Report on the working of the Ranchi Indian Mental Hospital, Kanke, in Bihar and Orissa - 1930-1940
Year: 1930
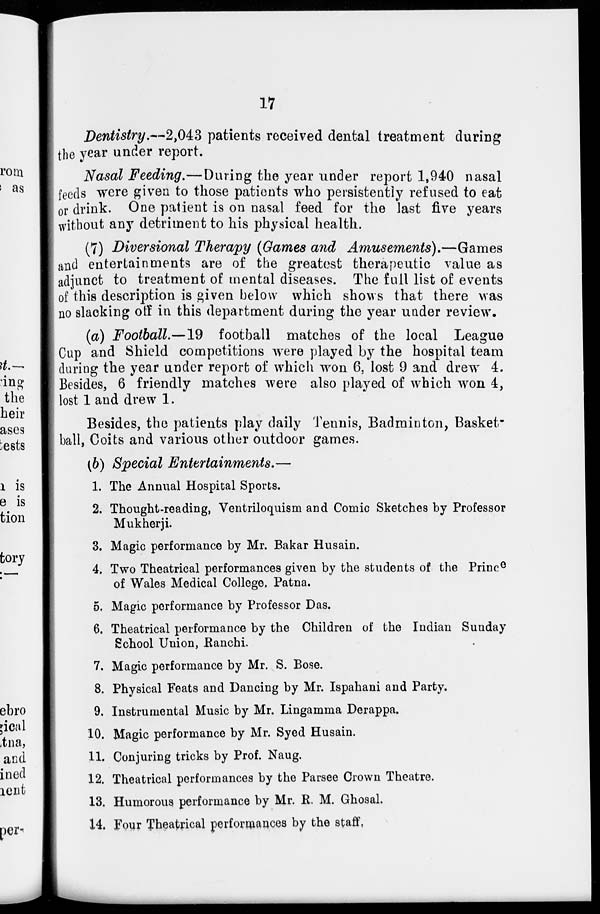
17
Dentistry.—2,043 patients received dental treatment during
the year under report.
Nasal Feeding.—During the year under report 1,940 nasal
feeds were given to those patients who persistently refused to eat
or drink. One patient is on nasal feed for the last five years
without any detriment to his physical health.
(7) Diversional Therapy (Games and
Amusements).—Games
and entertainments are of the greatest therapeutic value as
adjunct to treatment of mental diseases. The full list of events
of this description is given below which shows that there was
no slacking off in this department during the year under review.
(a) Football.—19
football matches of the local League
Cup and Shield competitions were played by the hospital team
during the year under report of which won 6, lost 9 and drew 4.
Besides, 6 friendly matches were also played of which won 4,
lost 1 and drew 1.
Besides, the patients play daily Tennis, Badminton, Basket"
ball, Coits and various other outdoor games.
(b) Special
Entertainments.—
1. The Annual Hospital Sports.
2. Thought-reading, Ventriloquism and Comic Sketches by Professor
Mukherji.
3. Magic performance by Mr. Bakar Husain.
4. Two Theatrical performances given by the students of the Prince
of Wales Medical College, Patna.
5. Magic performance by Professor Das.
6. Theatrical performance by the Children of the Indian Sunday
School Union, Ranchi.
7. Magic performance by Mr. S. Bose.
8. Physical Feats and Dancing by Mr. Ispahani and Party.
9. Instrumental Music by Mr. Lingamma Derappa.
10. Magic performance by Mr. Syed Husain.
11. Conjuring tricks by Prof. Naug.
12. Theatrical performances by the Parsee Crown Theatre.
13. Humorous performance by Mr. R. M. Ghosal.
14. Four Theatrical performances by the staff,